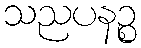
သညပနဉ္စ